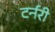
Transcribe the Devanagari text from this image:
टर्नरी